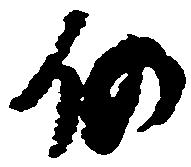
仍